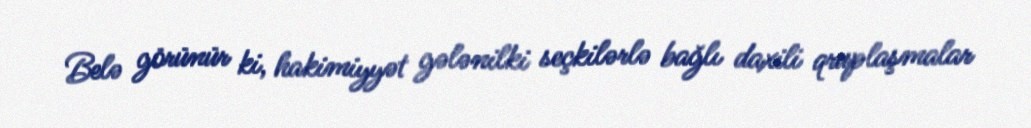
Belə görünür ki, hakimiyyət gələnilki seçkilərlə bağlı daxili qruplaşmalar